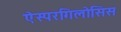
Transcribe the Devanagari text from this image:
ऐस्परगिलोसिस